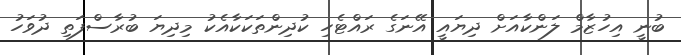
ބުނީ އިހުޒާމް ލަންކާއަށް ދިޔައީ އޭނަގެ ރައްޓެހި ކުދިންތަކަކާއެކު މިދިޔަ ބުރާސްފަތި ދުވަހު